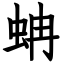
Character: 蚺